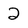
Character: 2